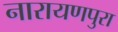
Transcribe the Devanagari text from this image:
नारायणपुरा